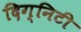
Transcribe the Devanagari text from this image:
दिग्निटी